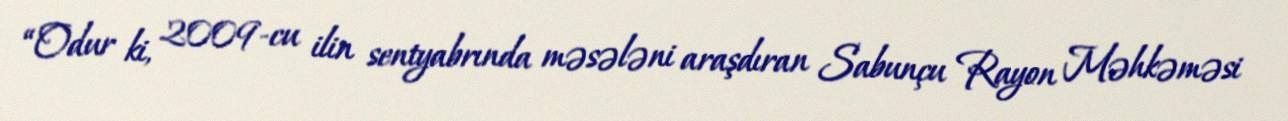
“Odur ki, 2009-cu ilin sentyabrında məsələni araşdıran Sabunçu Rayon Məhkəməsi